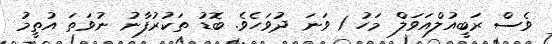
ވެސް ރަބީއުލްއަވަލް މަހު 1 ވަނަ ދުވަހެވެ. ބޮޑު ތަކުރުފާނު ނުވަތަ އުތީމު